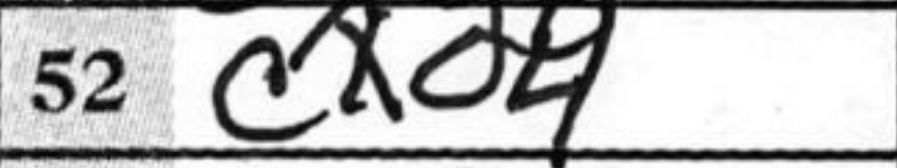
Transcription: cxd4